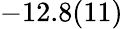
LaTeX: -12.8(11)